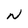
Character: N